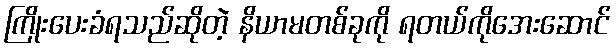
ကြိုးပေးခံရသည်ဆိုတဲ့ နိယာမတစ်ခုကို ရတယ်ကိုအေးဆောင်